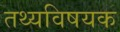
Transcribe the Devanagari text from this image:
तथ्यविषयक